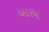
બારમો